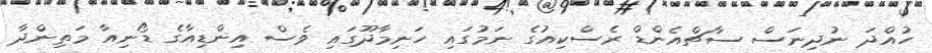
ހުއްދަ ނުދިނަސް ސާޗްއެންޑް ރެސްކިއުގެ ނަމުގައި ހަނިމާދޫގައި ވެސް އިންޑިއާގެ ޑޯނިއާ މަތިންދާ